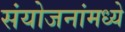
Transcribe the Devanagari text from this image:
संयोजनांमध्ये